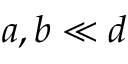
a , b \ll d